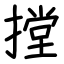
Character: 摚